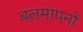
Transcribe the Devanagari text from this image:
बलमापनों